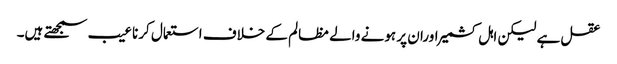
عقل ہے لیکن اہل کشمیر اوران پر ہونے والے مظالم کے خلاف استعمال کرنا عیب سمجھتے ہیں۔